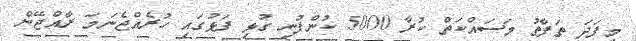
މިފަދަ ތަފާތު މަސައްކަތް ކުރާ 5000 ކުންފުނި ގުޅި ފަޅުގައި ހުރެއްްޖެނަމަ ރާއްޖޭން